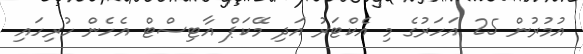
އުމުރުން 25 އަހަރުގެ މި އެކްޓަރު އަދި މޭކަޕް އާޓިސްޓް އެހެން ހުރިހައި